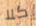
كلا